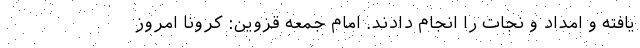
یافته و امداد و نجات را انجام دادند. امام‌ جمعه قزوین: کرونا امروز